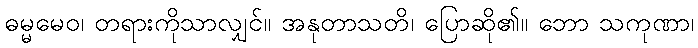
ဓမ္မမေဝ၊ တရားကိုသာလျှင်။ အနုတာသတိ၊ ပြောဆို၏။ ဘော သကုဏာ၊